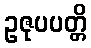
ဥဇုပပတ္တိ